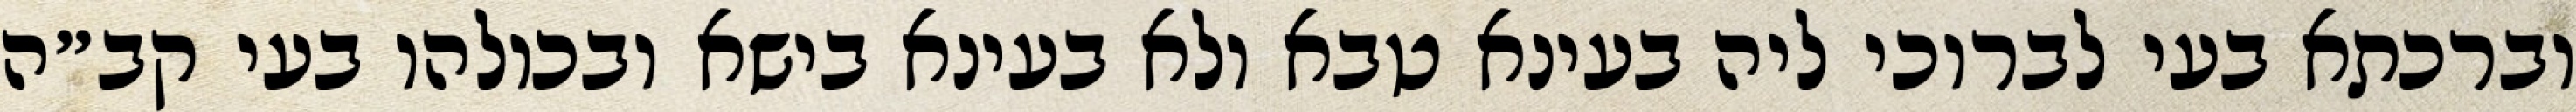
וברכתא בעי לברוכי ליה בעינא טבא ולא בעינא בישא ובכולהו בעי קב״ה